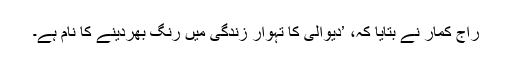
راج کمار نے بتایا کہ، ’دیوالی کا تہوار زندگی میں رنگ بھردینے کا نام ہے۔